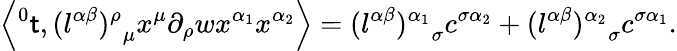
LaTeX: \left\langle{^0\mathsf{t}},{(l^{\alpha\beta})^{\rho}}_{\mu}x^{\mu}\partial_{\rho}wx^{\alpha_{1}}x^{\alpha_{2}}\right\rangle={(l^{\alpha\beta})^{\alpha_{1}}}_{\sigma}c^{\sigma\alpha_{2}}+{(l^{\alpha\beta})^{\alpha_{2}}}_{\sigma}c^{\sigma\alpha_{1}}.